On the action of the venoms of the cobra (Naja tripudians) and of the daboia (Daboia russellii) on the red blood corpuscles and on the blood plasma - Number 4
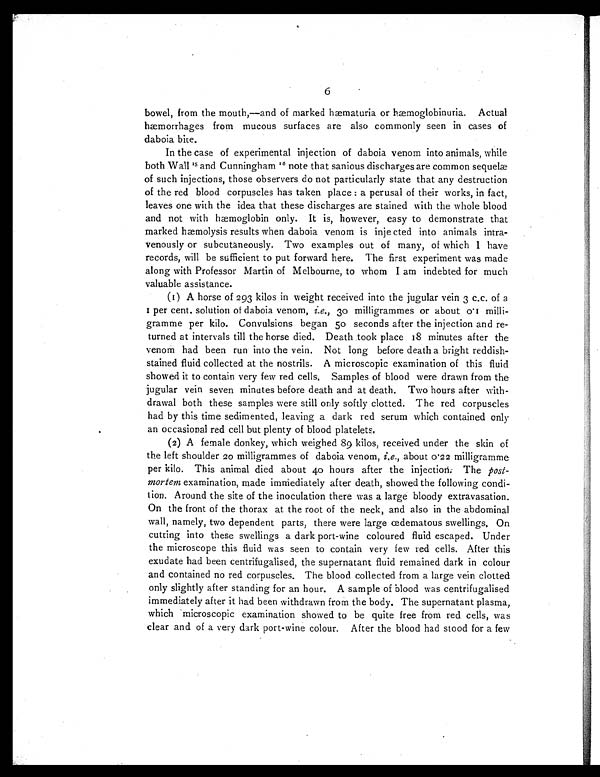
6
bowel, from the mouth,—and of marked hæmaturia or hæmoglobinuria. Actual
hæmorrhages from mucous surfaces are also commonly seen in cases of
daboia bite.
In the case of experimental injection of daboia venom into animals, while
both Wall 1 5
a n d C u n n i n g h a m
1 6
n o t e t h a t s a n i o u s d i s c h a r g e s a r e c o m m o n s e q u e l æ
of such injections, those observers do not particularly state that any destruction
of the red blood corpuscles has taken place: a perusal of their works, in fact,
leaves one with the idea that these discharges are stained with the whole blood
and not with hæmoglobin only. It is, however, easy to demonstrate that
marked hæmolysis results when daboia venom is injected into animals intra-
venously or subcutaneously. Two examples out of many, of which I have
records, will be sufficient to put forward here. The first experiment was made
along with Professor Martin of Melbourne, to whom I am indebted for much
valuable assistance.
(I) A horse of 293 kilos in weight received into the jugular vein 3 c.c. of a
I p e r c e n t . s o l u t i o n o f d a b o i a v e n o m ,i
. e
., 30 milligrammes or about 0 I milli-
gramme per kilo. Convulsions began 50 seconds after the injection and re
- t u r n e d a t i n t e r v a l s t i l l t h e h o r s e d i e d . D e a t h t o o k p l a c e I 8 m i n u t e s a f t e r t h e
venom had been run into the vein. Not long before death a bright reddish-
stained fluid collected at the nostrils. A microscopic examination of this fluid
showed it to contain very few red cells, Samples of blood were drawn from the
jugular vein seven minutes before death and at death. Two hours after with-
drawal both these samples were still only softly clotted. The red corpuscles
had by this time sedimented, leaving a dark red serum which contained only
an occasional red cell but plenty of blood platelets.
(2) A female donkey, which weighed 89 kilos, received under the skin of
the left shoulder 20 milligrammes of daboia venom, i.e ., about 0 22 milligramme
per kilo. This animal died about 40 hours after the injection. The post-
mortem examination, made immediately after death, showed the following condi-
tion. Around the site of the inoculation there was a large bloody extravasation.
On the front of the thorax at the root of the neck, and also in the abdominal
wall, namely, two dependent parts, there were large œdematous swellings. On
cutting into these swellings a dark port-wine coloured fluid escaped. Under
the microscope this fluid was seen to contain very few red cells. After this
exudate had been centrifugalised, the supernatant fluid remained dark in colour
and contained no red corpuscles. The blood collected from a large vein clotted
only slightly after standing for an hour. A sample of blood was centrifugalised
immediately after it had been withdrawn from the body. The supernatant plasma,
which microscopic examination showed to be quite free from red cells, was
clear and of a very dark port-wine colour. After the blood had stood for a few